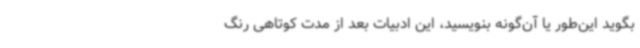
بگوید این‌طور یا آن‌گونه بنویسید، این ادبیات بعد از مدت کوتاهی رنگ